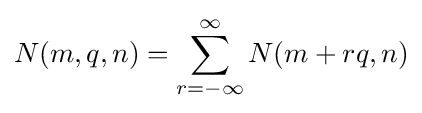
N(m,q,n)=\sum _{r=-\infty }^{\infty }N(m+rq,n)